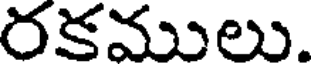
రకములు.